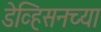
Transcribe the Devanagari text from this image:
डेव्हिसनच्या